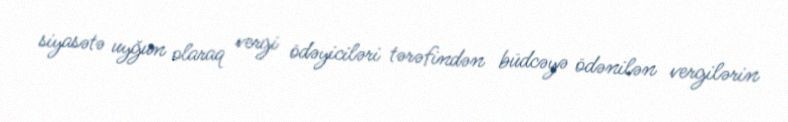
siyasətə uyğun olaraq vergi ödəyiciləri tərəfindən büdcəyə ödənilən vergilərin